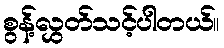
စွန့်လွှတ်သင့်ပါတယ်။